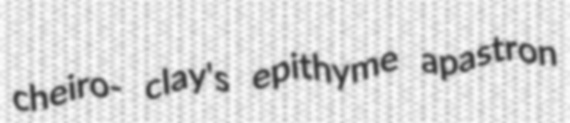
cheiro- clay's epithyme apastron